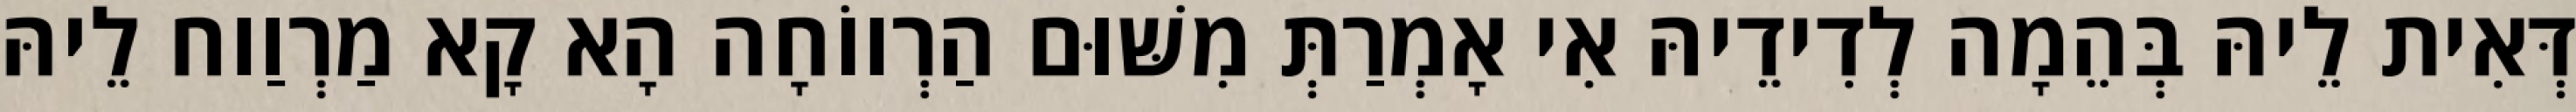
דְּאִית לֵיהּ בְּהֵמָה לְדִידֵיהּ אִי אָמְרַתְּ מִשּׁוּם הַרְווֹחָה הָא קָא מַרְוַוח לֵיהּ